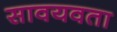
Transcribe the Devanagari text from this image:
सावयवता